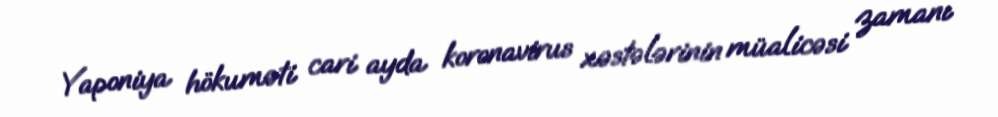
Yaponiya hökuməti cari ayda koronavirus xəstələrinin müalicəsi zamanı